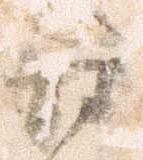
誅